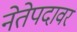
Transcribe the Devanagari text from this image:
नेतेपदावर